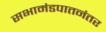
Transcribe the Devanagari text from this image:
सभामंडपातनंतर